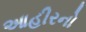
આહીરનો